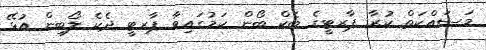
މަސައްކަތް ކުރާ ޕާރޓީގެ ބެކް ބޯން ކަމުގައިވާ ޕާރޓީ ދެކެ ލޯބިން އުޅޭ